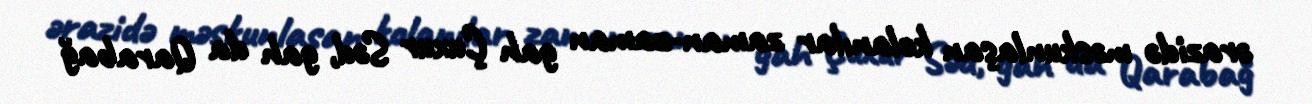
ərazidə məskunlaşan kolanılar zaman-zaman gah Çuxur Səd, gah da Qarabağ